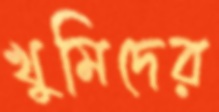
খুমিদের